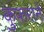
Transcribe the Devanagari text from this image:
कुफ़राने